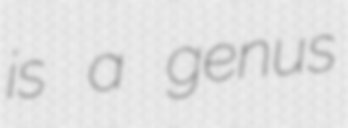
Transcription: is a genus